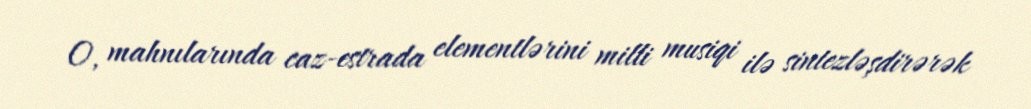
O, mahnılarında caz-estrada elementlərini milli musiqi ilə sintezləşdirərək